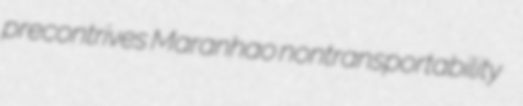
precontrives Maranhao nontransportability